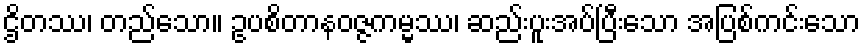
ဌိတဿ၊ တည်သော။ ဥပစိတာနဝဇ္ဇကမ္မ္မဿ၊ ဆည်းပူးအပ်ပြီးသော အပြစ်ကင်းသော